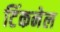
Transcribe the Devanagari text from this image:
टिंकनेल